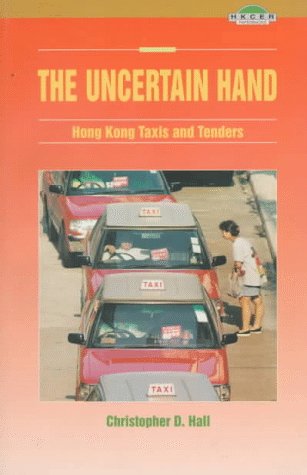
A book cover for The Uncertain Hand: Hong Kong Taxis and Tenders (Friedman Lecture Fund Monograph); Christopher D. Hall; Law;